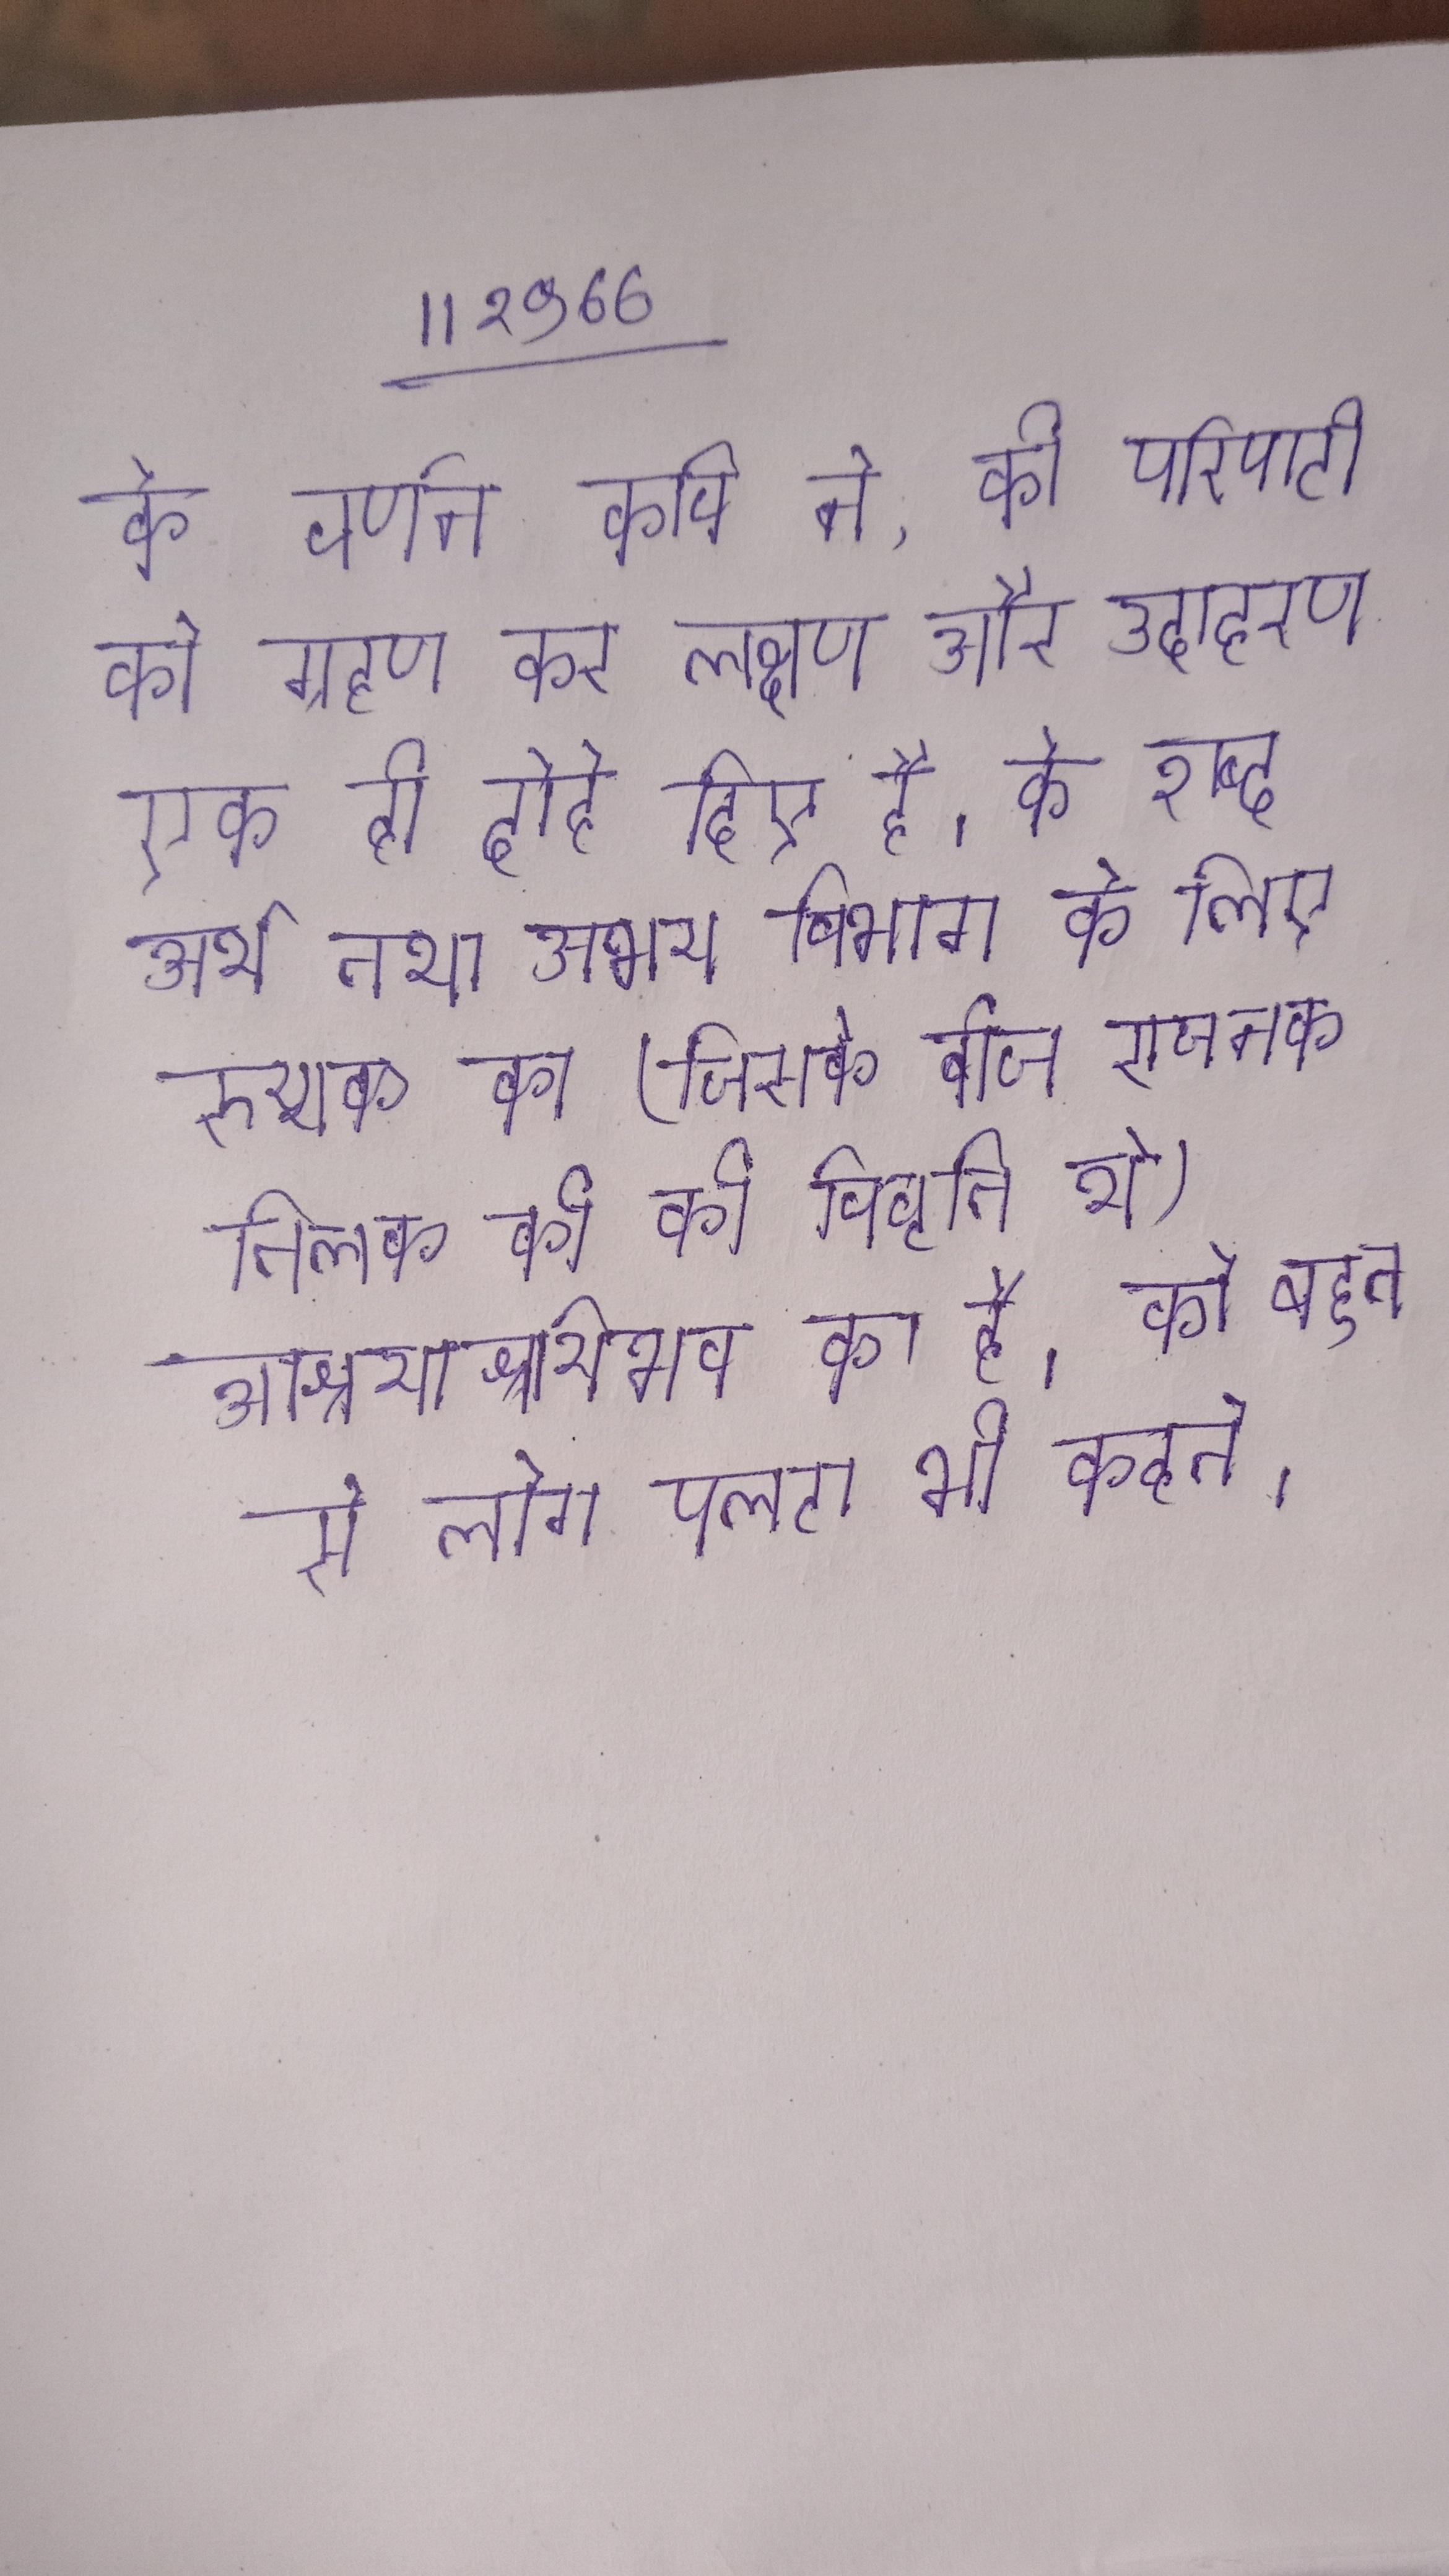
के वर्णन कवि ने, की परिपाटी को ग्रहण कर लक्षण और उदाहरण एक ही दोहे दिए है । के शब्द, अर्थ तथा उभय विभाग के लिए रुय्यक का (जिसके बीज राजानक तिलक की की विवृति थे) आश्रयाश्रयिभाव का है । को बहुत से लोग पलटा भी कहते ।